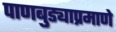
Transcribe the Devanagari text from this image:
पाणबुड्याप्रमाणे